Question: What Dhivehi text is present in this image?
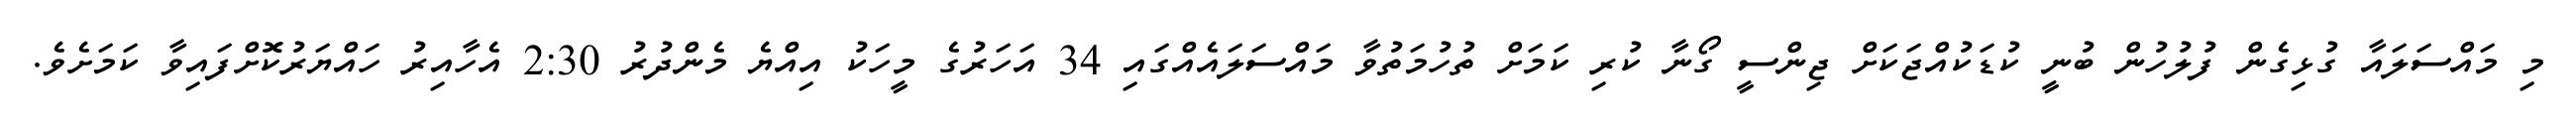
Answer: މި މައްސަލައާ ގުޅިގެން ފުލުހުން ބުނީ ކުޑަކުއްޖަކަށް ޖިންސީ ގޯނާ ކުރި ކަމަށް ތުހުމަތުވާ މައްސަލައެއްގައި 34 އަހަރުގެ މީހަކު އިއްޔެ މެންދުރު 2:30 އެހާއިރު ހައްޔަރުކޮށްފައިވާ ކަމަށެވެ.